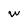
Character: W